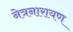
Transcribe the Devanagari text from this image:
नेत्रनारायण